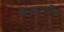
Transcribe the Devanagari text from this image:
वेदपुर्वीचे